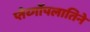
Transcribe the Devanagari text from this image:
प्तेर्य्गोपलातिने